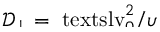
\smash { \ensuremath { \mathcal { D } _ { \perp } } = \ensuremath { \mathrm { \ t e x t s l { v } } _ { 0 } } ^ { 2 } / \upsilon }